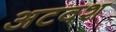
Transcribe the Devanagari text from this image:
अटवश